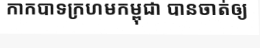
កាកបាទក្រហមកម្ពុជា បានចាត់ឲ្យ